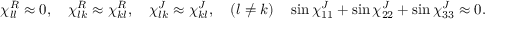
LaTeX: \chi _ { l l } ^ { R } \approx 0 , \quad \chi _ { l k } ^ { R } \approx \chi _ { k l } ^ { R } , \quad \chi _ { l k } ^ { J } \approx \chi _ { k l } ^ { J } , \quad ( l \neq k ) \quad \sin \chi _ { 1 1 } ^ { J } + \sin \chi _ { 2 2 } ^ { J } + \sin \chi _ { 3 3 } ^ { J } \approx 0 .